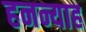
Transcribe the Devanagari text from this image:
हनन्याह